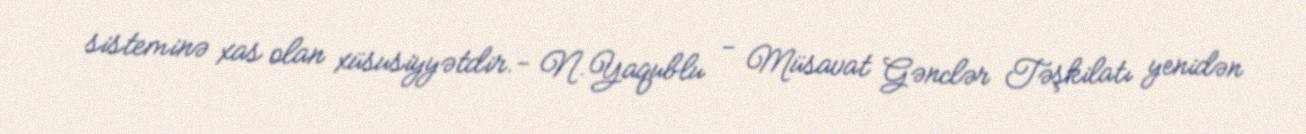
sisteminə xas olan xüsusiyyətdir.- N.Yaqublu - Müsavat Gənclər Təşkilatı yenidən